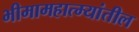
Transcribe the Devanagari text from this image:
भीमामहात्म्यांतील